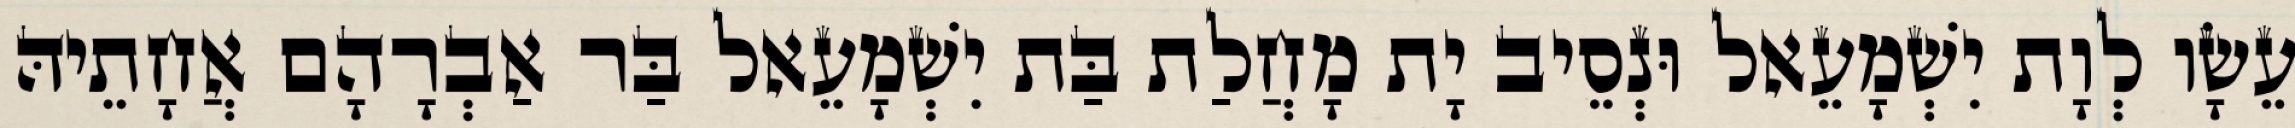
עֵשָׂו לְוָת יִשְׁמָעֵאל וּנְסֵיב יָת מָחֲלַת בַּת יִשְׁמָעֵאל בַּר אַבְרָהָם אֲחָתֵיהּ